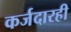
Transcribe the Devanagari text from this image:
कर्जदारही